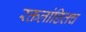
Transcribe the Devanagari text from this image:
रक्तलांछितच